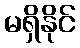
မရှိနိုင်